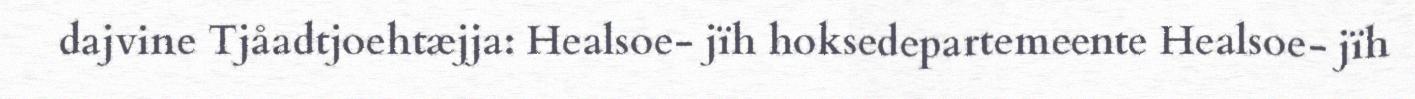
dajvine Tjåadtjoehtæjja: Healsoe- jïh hoksedepartemeente Healsoe- jïh